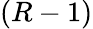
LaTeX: (R-1)